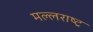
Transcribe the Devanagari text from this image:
मल्लराष्ट्र